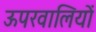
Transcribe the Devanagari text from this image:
ऊपरवालियों